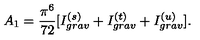
A _ { 1 } = \frac { \pi ^ { 6 } } { 7 2 } [ I _ { g r a v } ^ { ( s ) } + I _ { g r a v } ^ { ( t ) } + I _ { g r a v } ^ { ( u ) } ] .